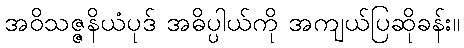
အဝိသဇ္ဇနိယံပုဒ် အဓိပ္ပါယ်ကို အကျယ်ပြဆိုခန်း။